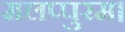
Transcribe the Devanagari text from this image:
मलप्पुरम।